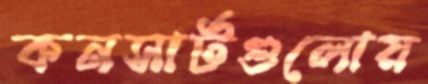
কনসার্টগুলোয়